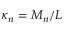
\kappa _ { n } = M _ { n } / L